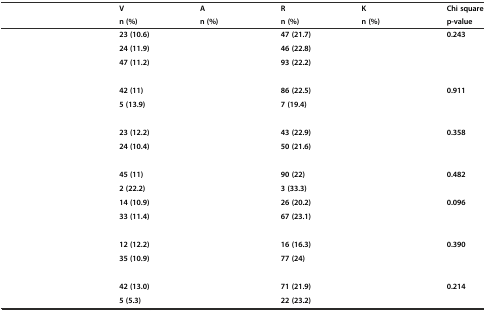
<table><thead><tr><td>[EMPTY_CELL]</td><td><b>V</b></td><td><b>A</b></td><td><b>R</b></td><td><b>K</b></td><td><b>Chi square</b></td></tr><tr><td>[EMPTY_CELL]</td><td><b>n (%)</b></td><td><b>n (%)</b></td><td><b>n (%)</b></td><td><b>n (%)</b></td><td><b>p-value</b></td></tr></thead><tbody><tr><td>[EMPTY_CELL]</td><td><b>23 (10.6)</b></td><td>[EMPTY_CELL]</td><td><b>47 (21.7)</b></td><td>[EMPTY_CELL]</td><td><b>0.243</b></td></tr><tr><td>[EMPTY_CELL]</td><td><b>24 (11.9)</b></td><td>[EMPTY_CELL]</td><td><b>46 (22.8)</b></td><td>[EMPTY_CELL]</td><td>[EMPTY_CELL]</td></tr><tr><td>[EMPTY_CELL]</td><td><b>47 (11.2)</b></td><td>[EMPTY_CELL]</td><td><b>93 (22.2)</b></td><td>[EMPTY_CELL]</td><td>[EMPTY_CELL]</td></tr><tr><td>[EMPTY_CELL]</td><td><b>42 (11)</b></td><td>[EMPTY_CELL]</td><td><b>86 (22.5)</b></td><td>[EMPTY_CELL]</td><td><b>0.911</b></td></tr><tr><td>[EMPTY_CELL]</td><td><b>5 (13.9)</b></td><td>[EMPTY_CELL]</td><td><b>7 (19.4)</b></td><td>[EMPTY_CELL]</td><td>[EMPTY_CELL]</td></tr><tr><td>[EMPTY_CELL]</td><td><b>23 (12.2)</b></td><td>[EMPTY_CELL]</td><td><b>43 (22.9)</b></td><td>[EMPTY_CELL]</td><td><b>0.358</b></td></tr><tr><td>[EMPTY_CELL]</td><td><b>24 (10.4)</b></td><td>[EMPTY_CELL]</td><td><b>50 (21.6)</b></td><td>[EMPTY_CELL]</td><td>[EMPTY_CELL]</td></tr><tr><td>[EMPTY_CELL]</td><td><b>45 (11)</b></td><td>[EMPTY_CELL]</td><td><b>90 (22)</b></td><td>[EMPTY_CELL]</td><td><b>0.482</b></td></tr><tr><td>[EMPTY_CELL]</td><td><b>2 (22.2)</b></td><td>[EMPTY_CELL]</td><td><b>3 (33.3)</b></td><td>[EMPTY_CELL]</td><td>[EMPTY_CELL]</td></tr><tr><td>[EMPTY_CELL]</td><td><b>14 (10.9)</b></td><td>[EMPTY_CELL]</td><td><b>26 (20.2)</b></td><td>[EMPTY_CELL]</td><td><b>0.096</b></td></tr><tr><td>[EMPTY_CELL]</td><td><b>33 (11.4)</b></td><td>[EMPTY_CELL]</td><td><b>67 (23.1)</b></td><td>[EMPTY_CELL]</td><td>[EMPTY_CELL]</td></tr><tr><td>[EMPTY_CELL]</td><td><b>12 (12.2)</b></td><td>[EMPTY_CELL]</td><td><b>16 (16.3)</b></td><td>[EMPTY_CELL]</td><td><b>0.390</b></td></tr><tr><td>[EMPTY_CELL]</td><td><b>35 (10.9)</b></td><td>[EMPTY_CELL]</td><td><b>77 (24)</b></td><td>[EMPTY_CELL]</td><td>[EMPTY_CELL]</td></tr><tr><td>[EMPTY_CELL]</td><td><b>42 (13.0)</b></td><td>[EMPTY_CELL]</td><td><b>71 (21.9)</b></td><td>[EMPTY_CELL]</td><td><b>0.214</b></td></tr><tr><td>[EMPTY_CELL]</td><td><b>5 (5.3)</b></td><td>[EMPTY_CELL]</td><td><b>22 (23.2)</b></td><td>[EMPTY_CELL]</td><td>[EMPTY_CELL]</td></tr></tbody></table>